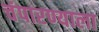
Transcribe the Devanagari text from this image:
चंपारण्याला